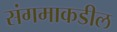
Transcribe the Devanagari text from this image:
संगमाकडील